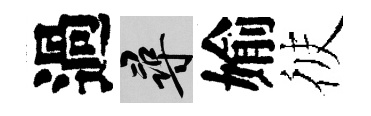
過尋媮彼